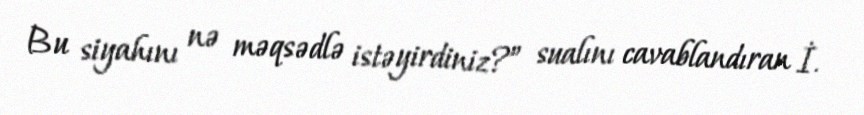
Bu siyahını nə məqsədlə istəyirdiniz?” sualını cavablandıran İ.